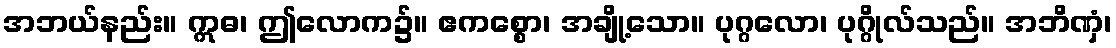
အဘယ်နည်း။ ဣဓ၊ ဤလောက၌။ ဧကစ္စော၊ အချို့သော။ ပုဂ္ဂလော၊ ပုဂ္ဂိုလ်သည်။ အဘိဏှံ၊